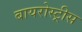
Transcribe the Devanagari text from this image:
बायरोस्ट्रीस